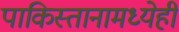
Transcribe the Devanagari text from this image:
पाकिस्तानामध्येही